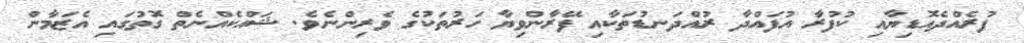
ފުރެއްދެއޮޑިޔާއި ކުފުރާ އުފައްދާ ރުއްދަނޑުތަކާއި ފޭރާންވިޔާ ހަރުތަކުގެ ވެރިންނެވެ. ޝައްކެއްނެތް ގޮތުގައި އެޒަމާން